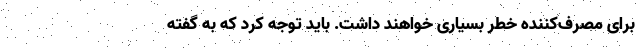
برای مصرف‌کننده خطر بسیاری خواهند داشت. باید توجه کرد که به گفته